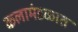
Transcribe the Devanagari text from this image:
कलामंडळात